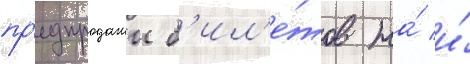
пр'едпродажи б'ил'е́тов на́ и́